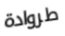
طروادة